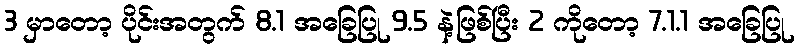
3 မှာတော့ ပိုင်းအတွက် 8.1 အခြေပြု 9.5 နဲ့ဖြစ်ပြီး 2 ကိုတော့ 7.1.1 အခြေပြု